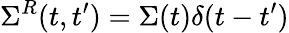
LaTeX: \Sigma^{R}(t,t^{\prime})=\Sigma(t)\delta(t-t^{\prime})